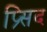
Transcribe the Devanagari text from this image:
प्र्सिद